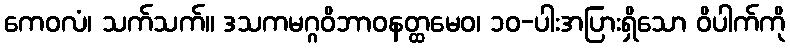
ကေဝလံ၊ သက်သက်။ ဒသကမဂ္ဂဝိဘာဝနတ္ထမေဝ၊ ၁၀-ပါးအပြားရှိသော ဝိပါက်ကို